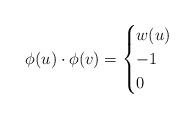
LaTeX: \begin{align*}\phi(u)\cdot \phi(v)= \begin{cases}w(u) &\\-1 &\\0 &\end{cases}\end{align*}